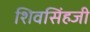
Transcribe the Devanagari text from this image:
शिवसिंहजी